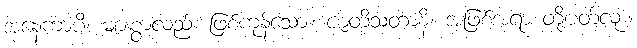
အနေကာပိ၊ များစွာလည်း ဖြစ်ကုန်သော။ ဇာတိသတာနိ၊ အဖြစ်အရာ တို့ပတ်လုံး။